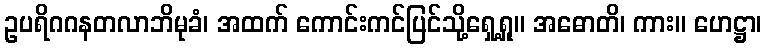
ဥပရိဂဂနတလာဘိမုခံ၊ အထက် ကောင်းကင်ပြင်သို့ရှေ့ရှု။ အဓောတိ၊ ကား။ ဟေဋ္ဌာ၊